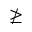
\ngeq